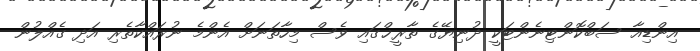
އިންޑިއާ ސަބްކޮންޓިނެންޓަކީ ދުނިޔޭގެ ތާރީޚްގައި ވެސް މިހާތަނަށް އެންމެ ނުރައްކާތެރި އަދި ގެއްލުން